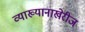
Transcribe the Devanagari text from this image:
व्याख्यानाखेरीज